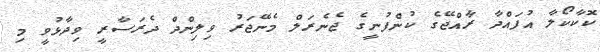
ކޮކާކޯލާ އުފައްދާ ރާއްޖޭގެ ކުންފުނީގެ ޖެނެރަލް މެނޭޖަރު ވިލިންދް ދެރަސާރީ ވިދާޅުވީ މި